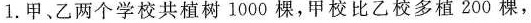
1. 甲、乙两个学校共植树 1000 棵，甲校比乙校多植 200 棵，